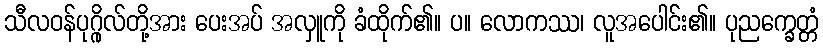
သီလဝန်ပုဂ္ဂိုလ်တို့အား ပေးအပ် အလှူကို ခံထိုက်၏။ ပ။ လောကဿ၊ လူအပေါင်း၏။ ပုညက္ခေတ္တံ